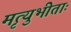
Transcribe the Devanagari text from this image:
मृत्युभीताः